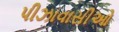
પીઝાવાસીઓ